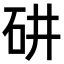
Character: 𥐹